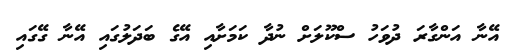
އޭނާ އަންގާރަ ދުވަހު ސްކޫލަށް ނުދާ ކަމަށާއި އޭގެ ބަދަލުގައި އޭނާ ގޭގައި